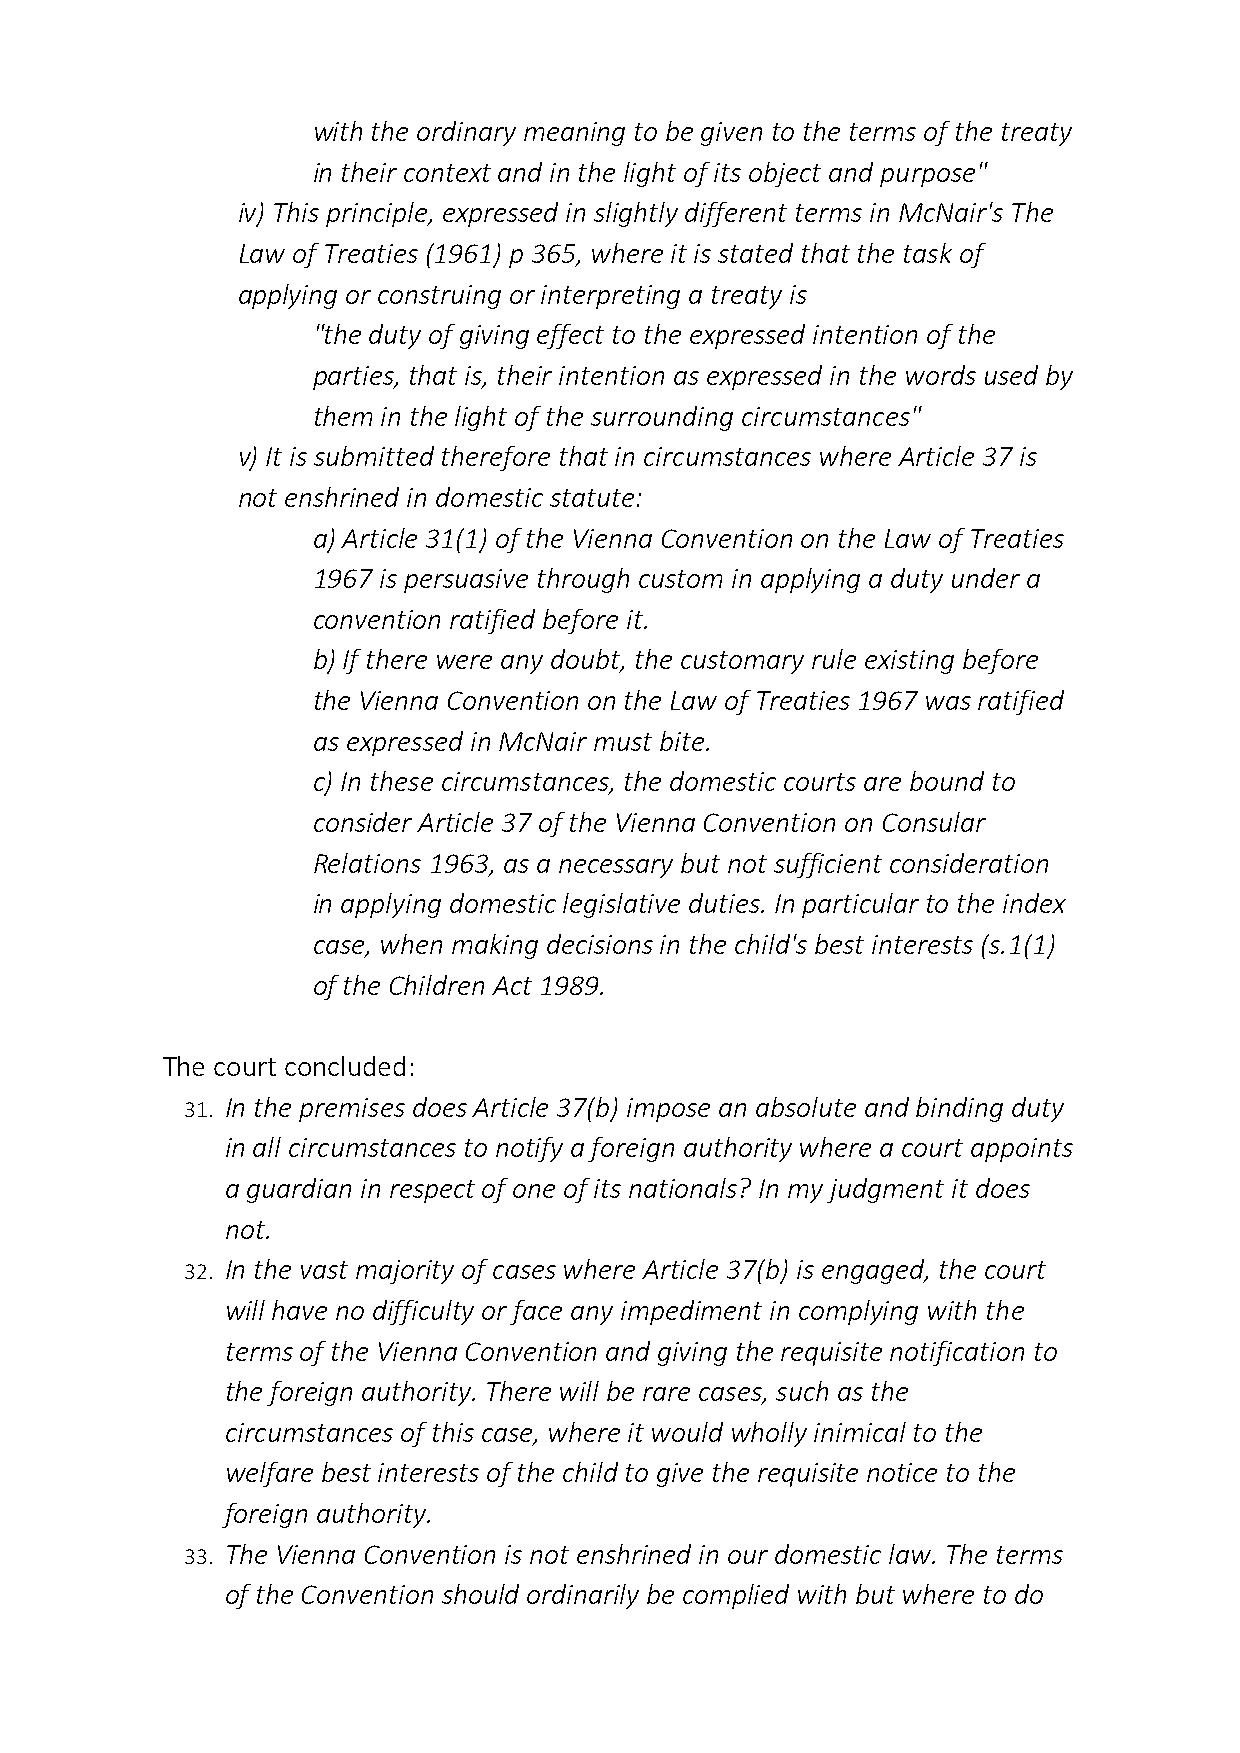
with the ordinary meaning to be given to the terms of the treaty
 in their context and in the light of its object and purpose"
 iv) This principle, expressed in slightly different terms in McNair's The
 Law of Treaties (1961) p 365, where it is stated that the task of
 applying or construing or interpreting a treaty is
 "the duty of giving effect to the expressed intention of the
 parties, that is, their intention as expressed in the words used by
 them in the light of the surrounding circumstances"
 v) It is submitted therefore that in circumstances where Article 37 is
 not enshrined in domestic statute:
 a) Article 31(1) of the Vienna Convention on the Law of Treaties
 1967 is persuasive through custom in applying a duty under a
 convention ratified before it.
 b) If there were any doubt, the customary rule existing before
 the Vienna Convention on the Law of Treaties 1967 was ratified
 as expressed in McNair must bite.
 c) In these circumstances, the domestic courts are bound to
 consider Article 37 of the Vienna Convention on Consular
 Relations 1963, as a necessary but not sufficient consideration
 in applying domestic legislative duties. In particular to the index
 case, when making decisions in the child's best interests (s.1(1)
 of the Children Act 1989.
 The court concluded:
 31. In the premises does Article 37(b) impose an absolute and binding duty
 in all circumstances to notify a foreign authority where a court appoints
 a guardian in respect of one of its nationals? In my judgment it does
 not.
 32. In the vast majority of cases where Article 37(b) is engaged, the court
 will have no difficulty or face any impediment in complying with the
 terms of the Vienna Convention and giving the requisite notification to
 the foreign authority. There will be rare cases, such as the
 circumstances of this case, where it would wholly inimical to the
 welfare best interests of the child to give the requisite notice to the
 foreign authority.
 33. The Vienna Convention is not enshrined in our domestic law. The terms
 of the Convention should ordinarily be complied with but where to do